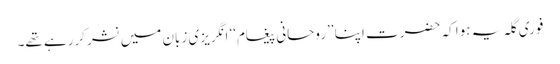
فوری گلہ یہ ہوا کہ حضرت اپنا ’’روحانی پیغام‘‘ انگریزی زبان میں نشر کررہے تھے۔